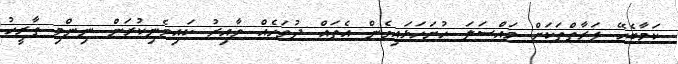
ކަމާބެހޭ ފަރާތްތަކަށް މައްސަލަ ހުށަހަޅައިގެން އެތައް ދުވަހެއް ވާއިރު ކައިވެނިކުރަން ނިންމި ތާރީހު